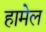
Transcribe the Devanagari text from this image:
हामेल